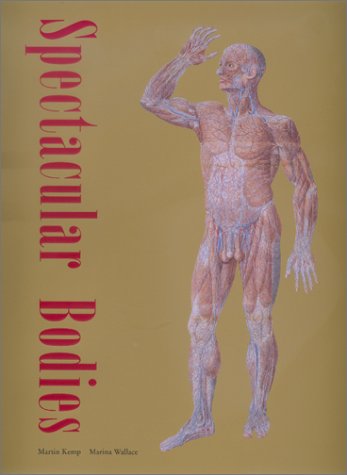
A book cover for Spectacular Bodies: The Art and Science of the Human Body from Leonardo to Now; Martin Kemp; Arts & Photography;